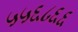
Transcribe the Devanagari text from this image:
५५६८६६